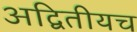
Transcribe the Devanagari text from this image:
अद्वितीयच